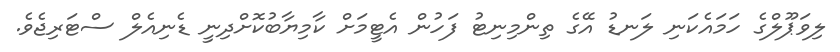
ލިވަޕޫލްގެ ހަމައެކަނި ލަނޑު އޭގެ ތިންމިނިޓު ފަހުން އެޓީމަށް ކާމިޔާބުކޮށްދިނީ ޑެނިއެލް ސްޓަރިޖެވެ.